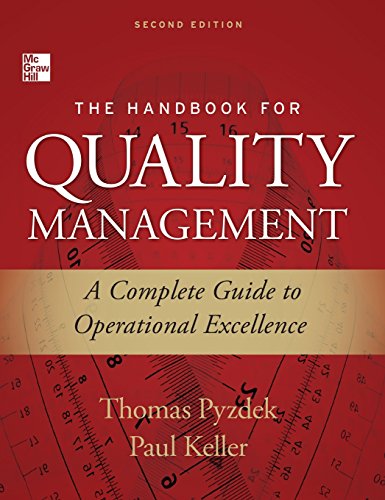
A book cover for The Handbook for Quality Management, Second Edition: A Complete Guide to Operational Excellence; Thomas Pyzdek; Business & Money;